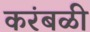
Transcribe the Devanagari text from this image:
करंबळी